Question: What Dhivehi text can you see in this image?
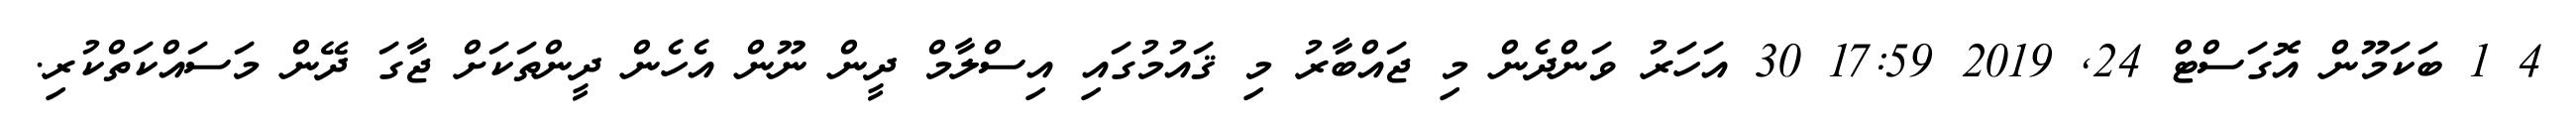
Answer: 4 1 ބަކަމޫން އޮގަސްޓް 24, 2019 17:59 30 އަހަރު ވަންދެން މި ޖައްބާރު މި ޤައުމުގައި އިސްލާމް ދީން ނޫން އެހެން ދީންތަކަށް ޖާގަ ދޭން މަސައްކަތްކުރި.